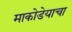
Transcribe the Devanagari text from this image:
माकोडेयाचा